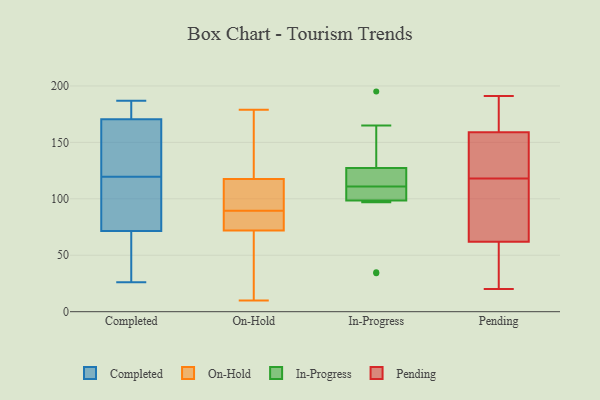
{"axis": {"x": "Shipments", "y": "Value"}, "legend": ["Completed", "In-Progress", "On-Hold", "Pending"], "data": [{"x": "", "y": 65, "type": "Completed"}, {"x": "", "y": 183, "type": "Completed"}, {"x": "", "y": 187, "type": "Completed"}, {"x": "", "y": 173, "type": "Completed"}, {"x": "", "y": 168, "type": "Completed"}, {"x": "", "y": 78, "type": "Completed"}, {"x": "", "y": 29, "type": "Completed"}, {"x": "", "y": 131, "type": "Completed"}, {"x": "", "y": 146, "type": "Completed"}, {"x": "", "y": 95, "type": "Completed"}, {"x": "", "y": 108, "type": "Completed"}, {"x": "", "y": 26, "type": "Completed"}, {"x": "", "y": 113, "type": "On-Hold"}, {"x": "", "y": 110, "type": "On-Hold"}, {"x": "", "y": 123, "type": "On-Hold"}, {"x": "", "y": 69, "type": "On-Hold"}, {"x": "", "y": 76, "type": "On-Hold"}, {"x": "", "y": 36, "type": "On-Hold"}, {"x": "", "y": 93, "type": "On-Hold"}, {"x": "", "y": 168, "type": "On-Hold"}, {"x": "", "y": 75, "type": "On-Hold"}, {"x": "", "y": 179, "type": "On-Hold"}, {"x": "", "y": 81, "type": "On-Hold"}, {"x": "", "y": 86, "type": "On-Hold"}, {"x": "", "y": 134, "type": "On-Hold"}, {"x": "", "y": 10, "type": "On-Hold"}, {"x": "", "y": 56, "type": "On-Hold"}, {"x": "", "y": 115, "type": "On-Hold"}, {"x": "", "y": 76, "type": "On-Hold"}, {"x": "", "y": 103, "type": "On-Hold"}, {"x": "", "y": 36, "type": "On-Hold"}, {"x": "", "y": 120, "type": "On-Hold"}, {"x": "", "y": 35, "type": "In-Progress"}, {"x": "", "y": 195, "type": "In-Progress"}, {"x": "", "y": 122, "type": "In-Progress"}, {"x": "", "y": 34, "type": "In-Progress"}, {"x": "", "y": 129, "type": "In-Progress"}, {"x": "", "y": 97, "type": "In-Progress"}, {"x": "", "y": 111, "type": "In-Progress"}, {"x": "", "y": 165, "type": "In-Progress"}, {"x": "", "y": 103, "type": "In-Progress"}, {"x": "", "y": 115, "type": "In-Progress"}, {"x": "", "y": 105, "type": "In-Progress"}, {"x": "", "y": 20, "type": "Pending"}, {"x": "", "y": 118, "type": "Pending"}, {"x": "", "y": 77, "type": "Pending"}, {"x": "", "y": 165, "type": "Pending"}, {"x": "", "y": 120, "type": "Pending"}, {"x": "", "y": 68, "type": "Pending"}, {"x": "", "y": 126, "type": "Pending"}, {"x": "", "y": 191, "type": "Pending"}, {"x": "", "y": 92, "type": "Pending"}, {"x": "", "y": 60, "type": "Pending"}, {"x": "", "y": 171, "type": "Pending"}, {"x": "", "y": 141, "type": "Pending"}, {"x": "", "y": 28, "type": "Pending"}, {"x": "", "y": 169, "type": "Pending"}, {"x": "", "y": 117, "type": "Pending"}, {"x": "", "y": 141, "type": "Pending"}, {"x": "", "y": 169, "type": "Pending"}, {"x": "", "y": 45, "type": "Pending"}, {"x": "", "y": 46, "type": "Pending"}]}